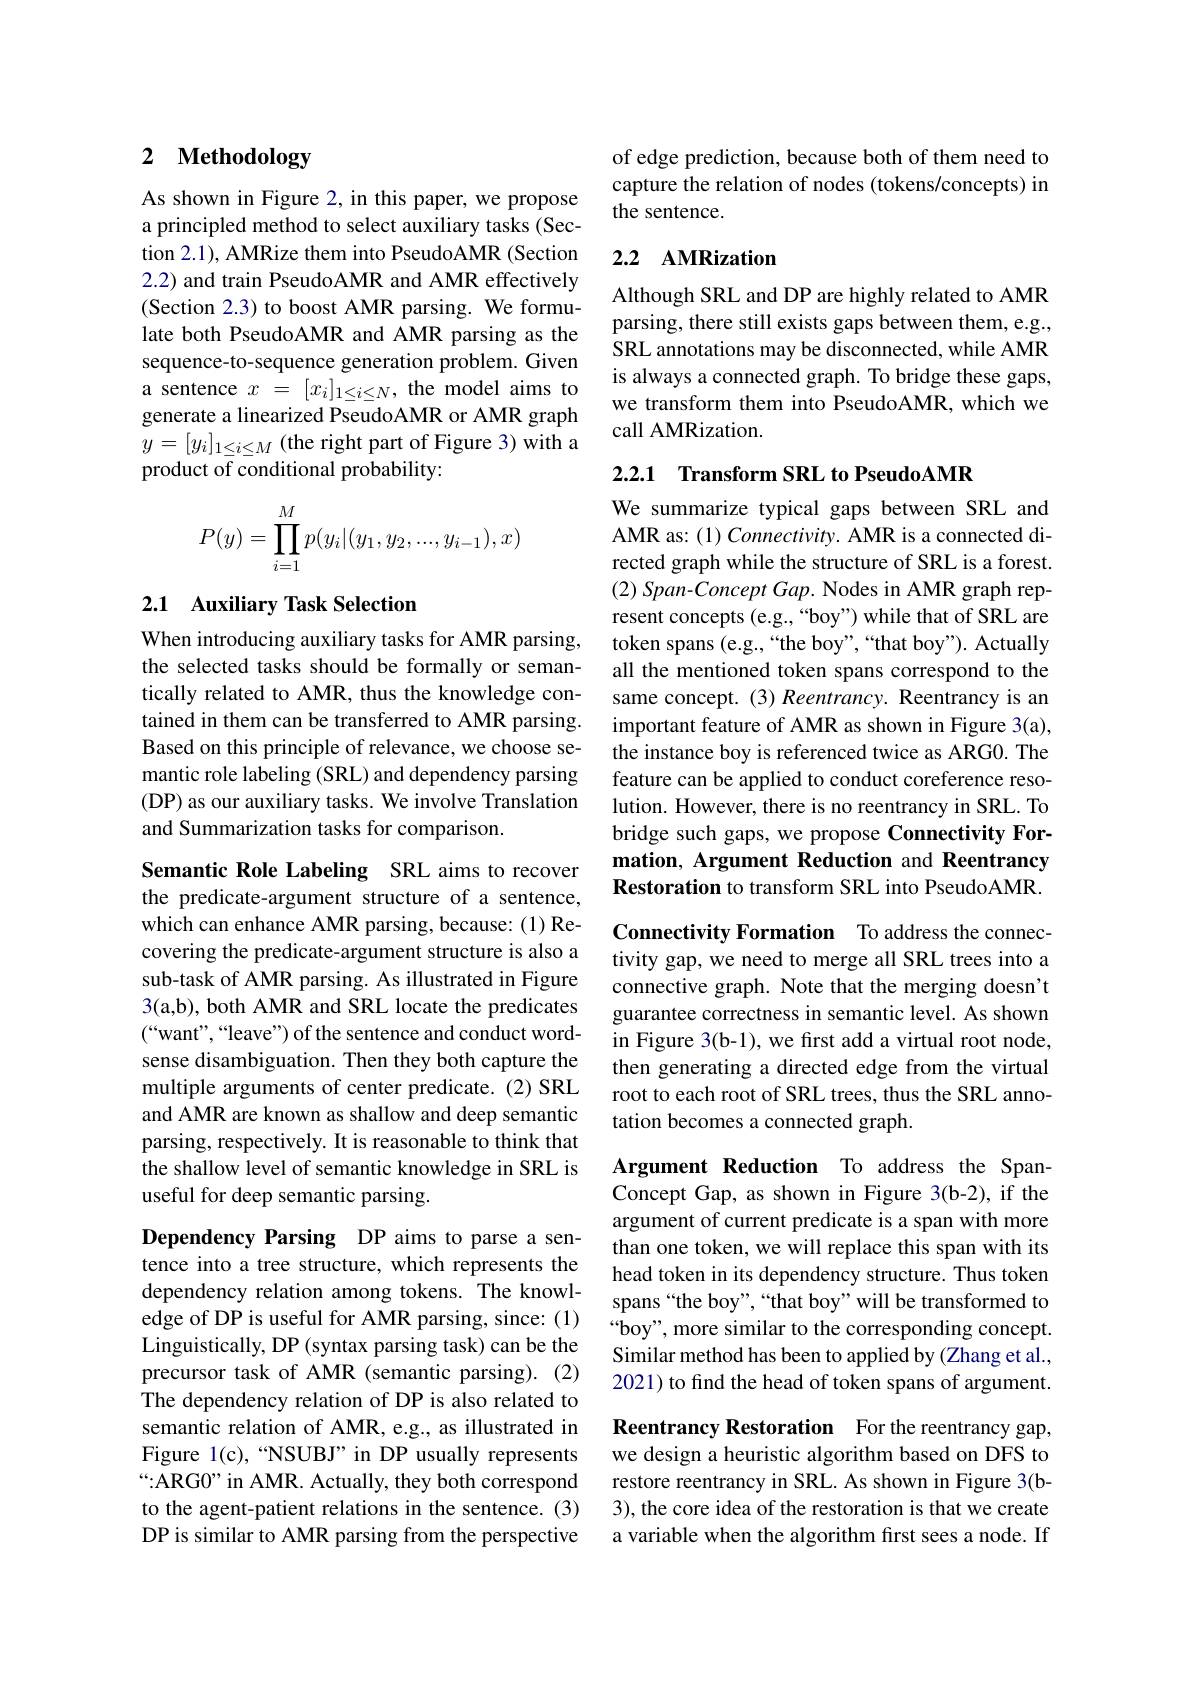
## 2 Methodology

As shown in Figure 2, in this paper, we propose a principled method to select auxiliary tasks (Section 2.1), AMRize them into PseudoAMR (Section 2.2) and train PseudoAMR and AMR effectively (Section 2.3) to boost AMR parsing. We formulate both PseudoAMR and AMR parsing as the sequence-to-sequence generation problem. Given a sentence $x=[x_i]_{1\leq i\leq N}$, the model aims to generate a linearized PseudoAMR or AMR graph $y=[y_{i}]_{1\leq i\leq M}$(the right part of Figure 3) with a product of conditional probability:
$$\begin{aligned}P(y)=\prod_{i=1}^Mp(y_i|(y_1,y_2,...,y_{i-1}),x)\end{aligned}$$
## 2.1 Auxiliary Task Selection

When introducing auxiliary tasks for AMR parsing, the selected tasks should be formally or semantically related to AMR, thus the knowledge contained in them can be transferred to AMR parsing. Based on this principle of relevance, we choose semantic role labeling (SRL) and dependency parsing (DP) as our auxiliary tasks. We involve Translation and Summarization tasks for comparison.

Semantic Role Labeling SRL aims to recover the predicate-argument structure of a sentence, which can enhance AMR parsing, because: (1) Recovering the predicate-argument structure is also a sub-task of AMR parsing. As illustrated in Figure 3(a,b), both AMR and SRL locate the predicates $(“$want",“leave”) of the sentence and conduct wordsense disambiguation. Then they both capture the multiple arguments of center predicate. (2) SRL and AMR are known as shallow and deep semantic parsing, respectively. It is reasonable to think that the shallow level of semantic knowledge in SRL is useful for deep semantic parsing.

Dependency Parsing DP aims to parse a sentence into a tree structure, which represents the dependency relation among tokens. The knowledge of DP is useful for AMR parsing, since: (1) Linguistically, DP (syntax parsing task) can be the precursor task of AMR (semantic parsing).(2) The dependency relation of DP is also related to semantic relation of AMR, e.g., as illustrated in Figure l(c),“NSUBJ” in DP usually represents “:ARGO” in AMR. Actually, they both correspond to the agent-patient relations in the sentence. (3) DP is similar to AMR parsing from the perspective

of edge prediction, because both of them need to capture the relation of nodes (tokens/concepts) in the sentence.

## 2.2 AMRization

Although SRL and DP are highly related to AMR parsing, there still exists gaps between them, e.g., SRL annotations may be disconnected, while AMR is always a connected graph. To bridge these gaps, we transform them into PseudoAMR, which we call AMRization.

2.2.1 Transform SRL to PseudoAMR

We summarize typical gaps between SRL and AMR as: (1) Connectivity. AMR is a connected directed graph while the structure of SRL is a forest. (2) Span-Concept Gap. Nodes in AMR graph represent concepts (e.g.,“boy”) while that of SRL are token spans (e.g.,“the boy”,“that boy"). Actually all the mentioned token spans correspond to the same concept. (3) Reentrancy. Reentrancy is an important feature of AMR as shown in Figure 3(a), the instance boy is referenced twice as ARG0. The feature can be applied to conduct coreference resolution. However, there is no reentrancy in SRL. To bridge such gaps, we propose Connectivity Formation, Argument Reduction and Reentrancy Restoration to transform SRL into PseudoAMR.

Connectivity Formation To address the connectivity gap, we need to merge all SRL trees into a connective graph. Note that the merging doesn't guarantee correctness in semantic level. As shown in Figure 3(b-1), we first add a virtual root node, then generating a directed edge from the virtual root to each root of SRL trees, thus the SRL annotation becomes a connected graph.

Argument Reduction To address the SpanConcept Gap, as shown in Figure 3(b-2), if the argument of current predicate is a span with more than one token, we will replace this span with its head token in its dependency structure. Thus token spans“the boy”,“that boy" will be transformed to $“$boy", more similar to the corresponding concept. Similar method has been to applied by (Zhang et al., 2021) to find the head of token spans of argument.

Reentrancy Restoration For the reentrancy gap, we design a heuristic algorithm based on DFS to restore reentrancy in SRL. As shown in Figure 3(b- 3), the core idea of the restoration is that we create a variable when the algorithm first sees a node. If